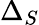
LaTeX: \Delta_{S}